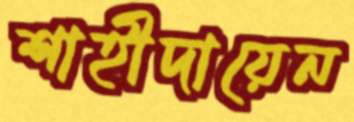
শাহীদায়েন